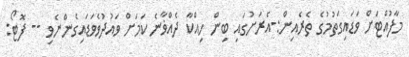
މާފުއްޓަށް ވަަޑައިގަތުމުގެ ތެރެއިން:-އެރަށުގައި ބިން ހިއްކާ ދެއްޥާނެ ކަމަށް ވައުދުވެވަޑައިގެންނެވި -- ފޮޓޯ: